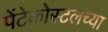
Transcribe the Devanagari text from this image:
पेंटेकोस्टलच्या